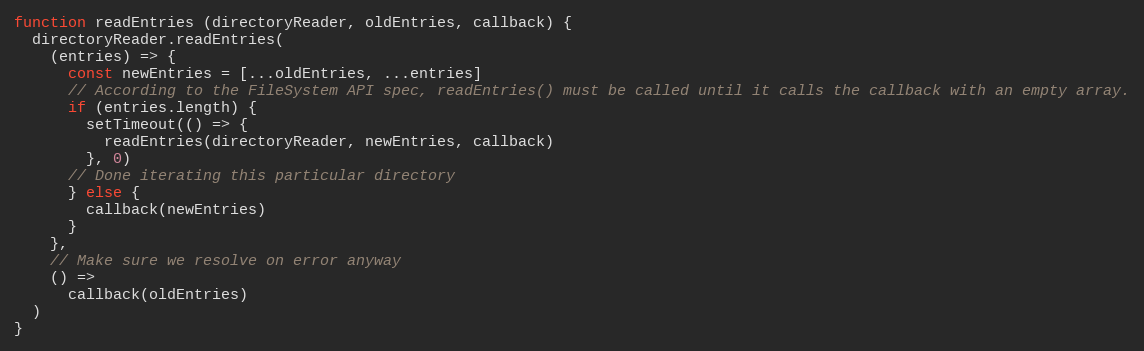
Language: JavaScript
function readEntries (directoryReader, oldEntries, callback) {
  directoryReader.readEntries(
    (entries) => {
      const newEntries = [...oldEntries, ...entries]
      // According to the FileSystem API spec, readEntries() must be called until it calls the callback with an empty array.
      if (entries.length) {
        setTimeout(() => {
          readEntries(directoryReader, newEntries, callback)
        }, 0)
      // Done iterating this particular directory
      } else {
        callback(newEntries)
      }
    },
    // Make sure we resolve on error anyway
    () =>
      callback(oldEntries)
  )
}